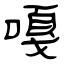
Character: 嘎